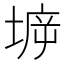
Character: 𡍩